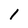
Character: 1